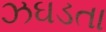
ઝઘડતા